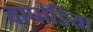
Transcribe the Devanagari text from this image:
वाघोडिया